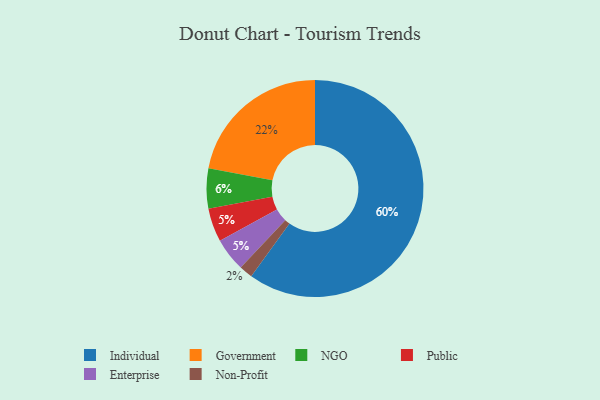
{"axis": {"x": "Category", "y": "Percentage"}, "legend": ["Enterprise", "Government", "Individual", "NGO", "Non-Profit", "Public"], "data": [{"x": "Government", "y": 22, "type": "Government"}, {"x": "Non-Profit", "y": 2, "type": "Non-Profit"}, {"x": "Public", "y": 5, "type": "Public"}, {"x": "Individual", "y": 60, "type": "Individual"}, {"x": "Enterprise", "y": 5, "type": "Enterprise"}, {"x": "NGO", "y": 6, "type": "NGO"}]}